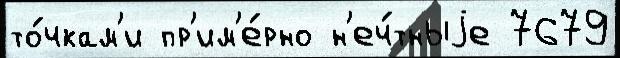
то́чкам'и пр'им'е́рно н'еч́тныjе 7679